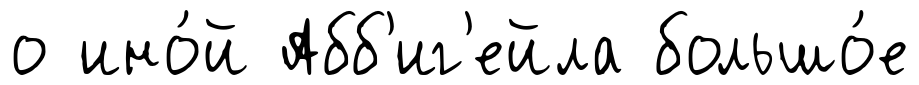
о ино́й Абб'иг'ейла большо́е